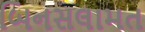
બિનસલામત